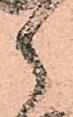
之